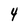
Character: 4